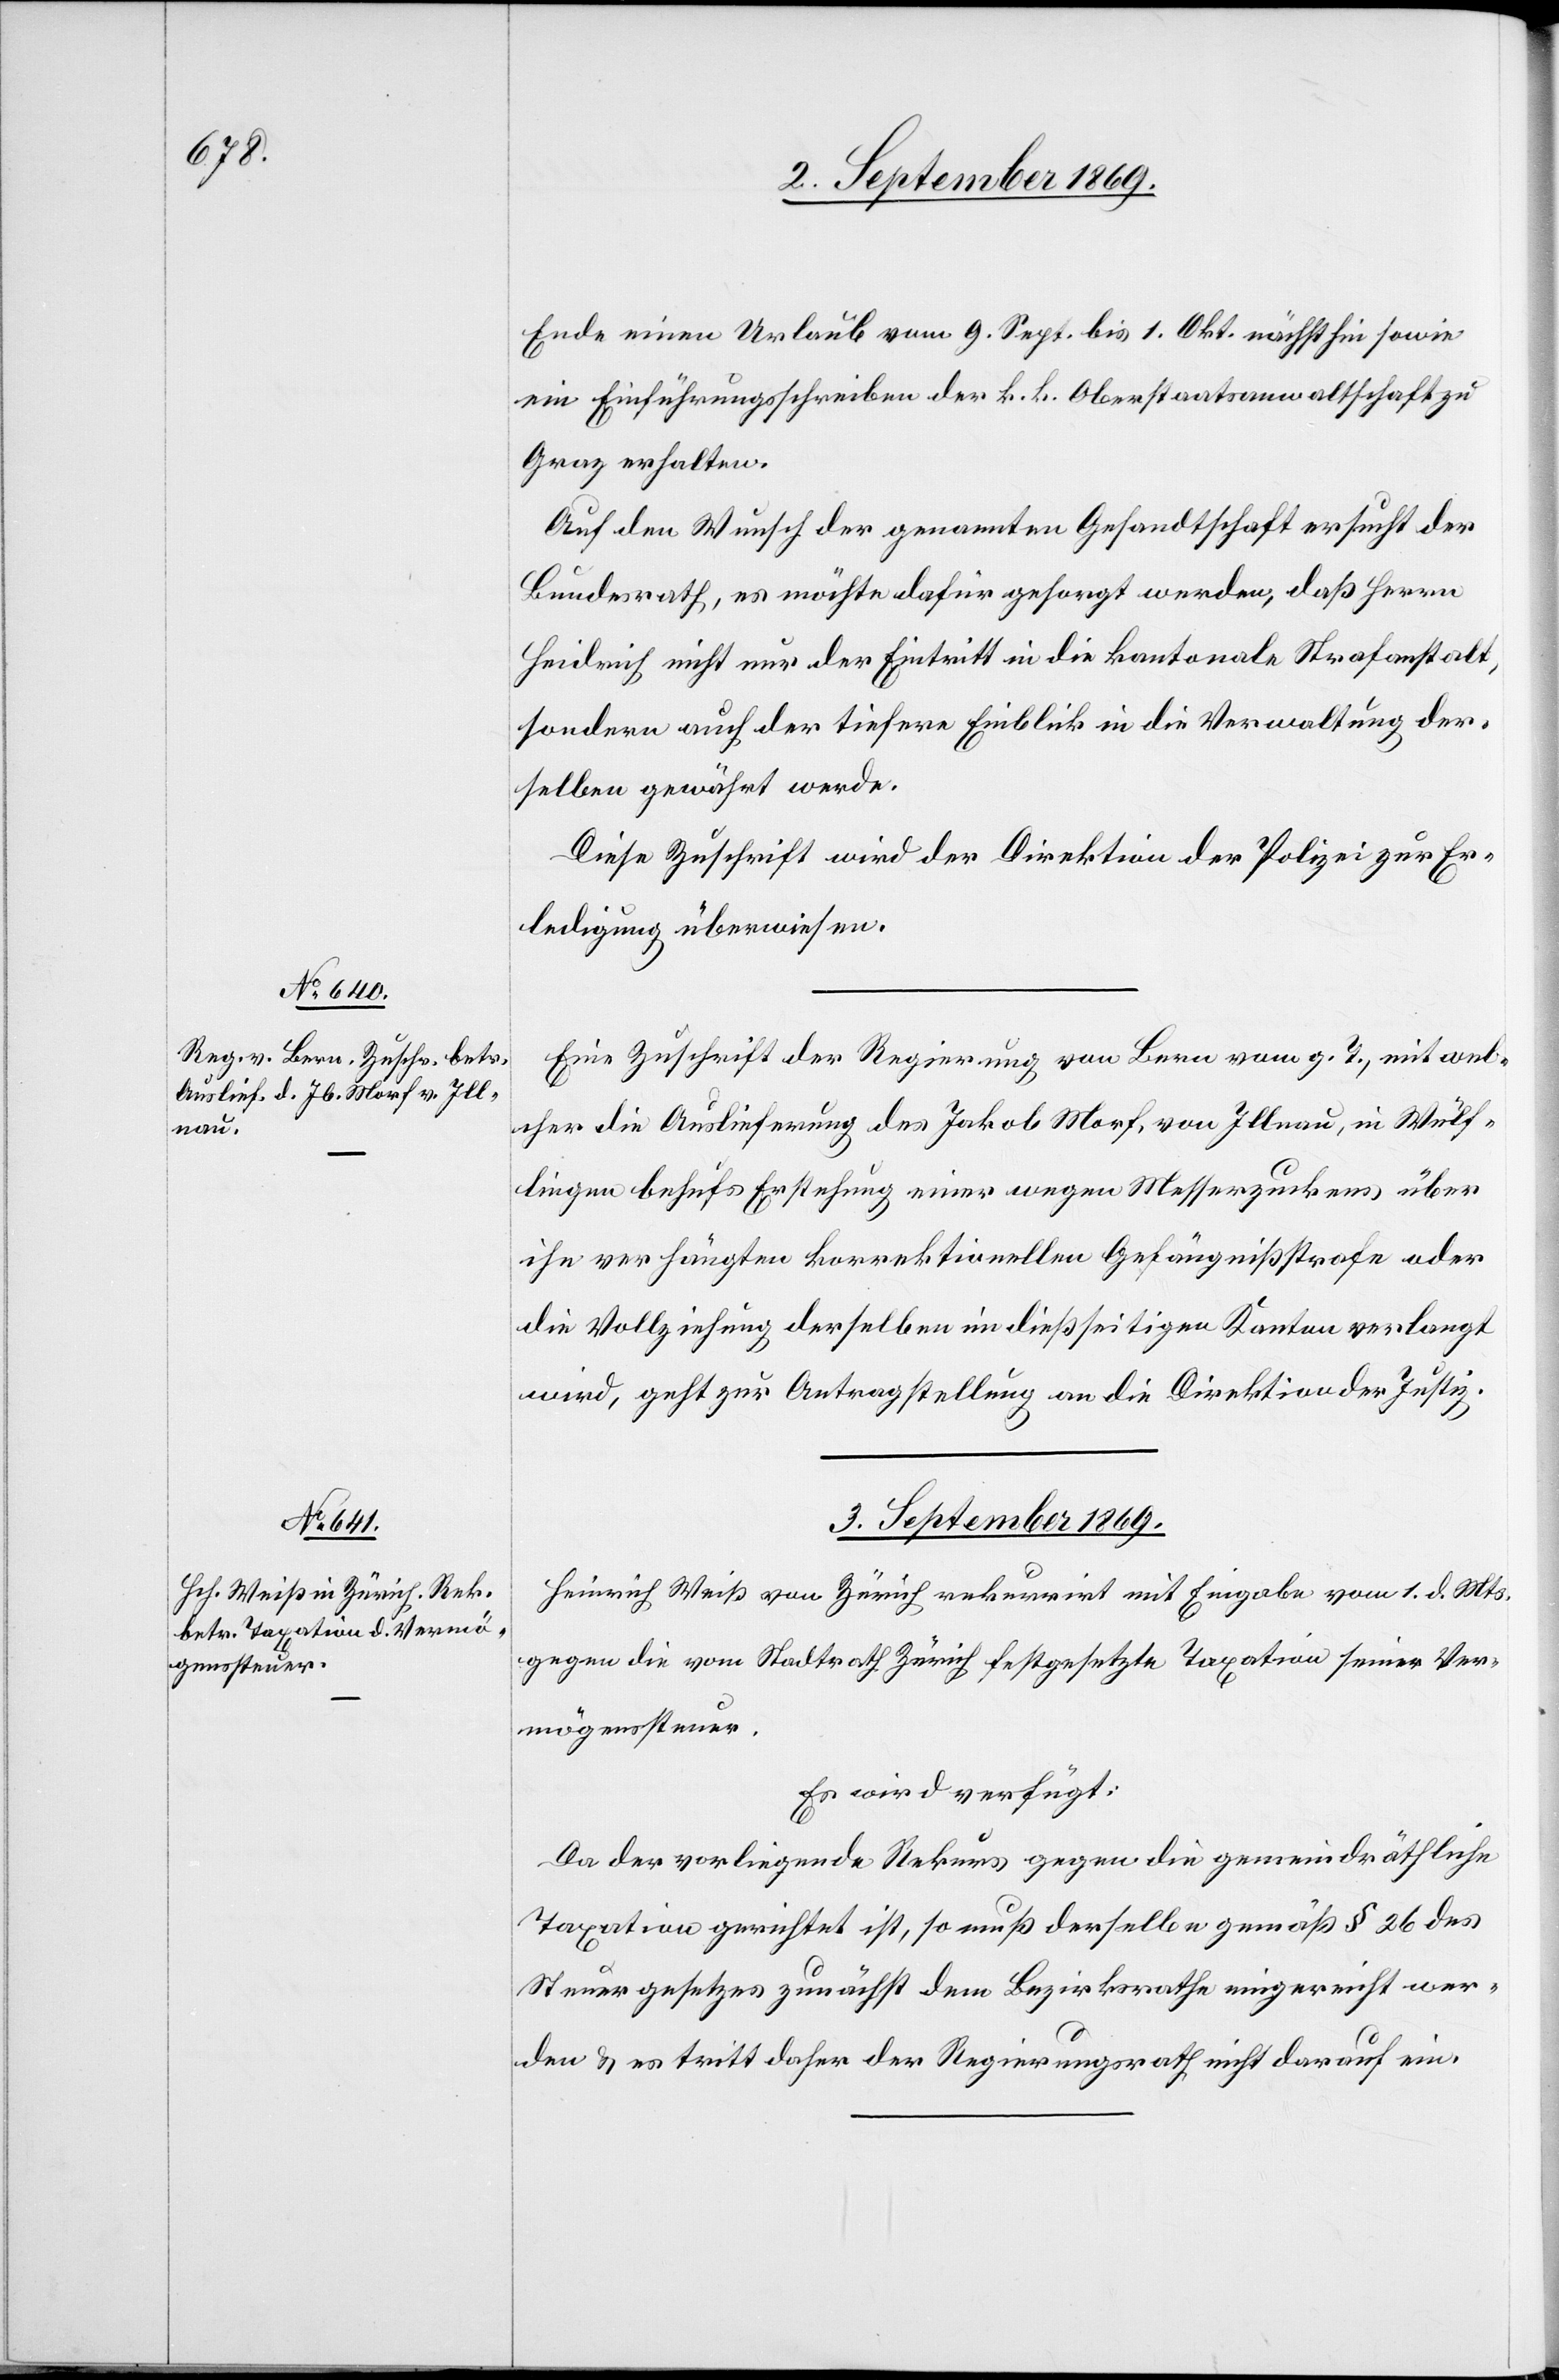
3. September 1869.
Ende einen Urlaub vom 9. Sept. bis 1. Okt. nächsthin sowie
ein Einführungsschreiben der k. k. Oberstaatsanwaltschaft zu
Graz erhalten.
Auf den Wunsch der genannten Gesandtschaft ersucht der
Bundesrath, es möchte dafür gesorgt werden, daß Herrn
Heidrich nicht nur der Eintritt in die kantonale Strafanstalt,
sondern auch der tiefere Einblick in die Verwaltung der¬
selben gewährt werde.
Diese Zuschrift wird der Direktion der Polizei zur Er¬
ledigung überweisen.
Eine Zuschrift der Regierung von Bern vom g. T., mit wel¬
cher die Auslieferung des Jakob Morf, von Illnau, in Wülf¬
lingen behufs Erstehung einer wegen Messerzuckens über
ihn verhängten korrektionellen Gefängnißstrafe oder
die Vollziehung derselben im dießseitigen Kanton verlangt
wird, geht zur Antragstellung an die Direktion der Justiz.
Heinrich Weiß von Zürich rekurrirt mit Eingabe vom 1. d. Mts.
gegen die vom Stadtrath Zürich festgesetzte Taxation seiner Ver¬
mögenssteuer.
Es wird verfügt:
Da der vorliegende Rekurs gegen die gemeindräthliche
Taxation gerichtet ist, so muß derselbe gemäß § 26 des
Steuergesetzes zunächst dem Bezirksrathe eingereicht wer¬
den & es tritt daher der Regierungsrath nicht darauf ein.